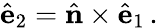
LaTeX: \hat{\mathbf e}_{2}=\hat{\mathbf n}\times\hat{\mathbf e}_{1}\, .